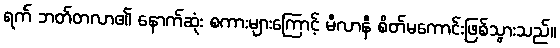
ရက် ဘတ်တလာ၏ နောက်ဆုံး စကားများကြောင့် မီလာနီ စိတ်မကောင်းဖြစ်သွားသည်။